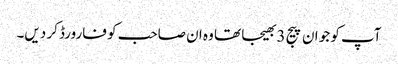
آپ کو جو ان پیج 3 بھیجا تھا وہ ان صاحب کو فارورڈ کر دیں۔